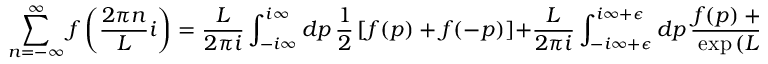
\displaystyle \sum _ { n = - \infty } ^ { \infty } f \left( \frac { 2 \pi n } { L } i \right) = \frac { L } { 2 \pi i } \int _ { - i \infty } ^ { i \infty } d p \, \frac { 1 } { 2 } \left[ f ( p ) + f ( - p ) \right] + \frac { L } { 2 \pi i } \int _ { - i \infty + \epsilon } ^ { i \infty + \epsilon } d p \, \frac { f ( p ) + f ( - p ) } { \exp { ( L p ) } - 1 } .